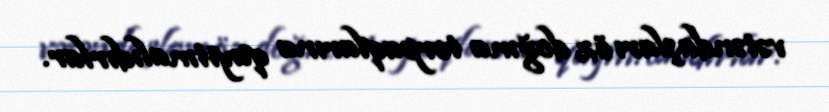
vətəndaşları öz doğma torpaqlarına qayıtmalıdırlar.